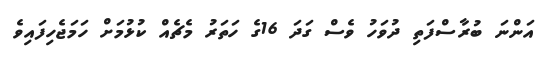
އަންނަ ބުރާސްފަތި ދުވަހު ވެސް ގަދަ 16ގެ ހަތަރު މެޗެއް ކުޅުމަށް ހަމަޖެހިފައިވެ